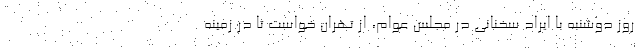
روز دوشنبه با ایراد سخنانی در مجلس عوام، از تهران خواست تا در زمینه